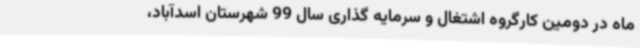
ماه در دومین کارگروه اشتغال و سرمایه گذاری سال 99 شهرستان اسدآباد،